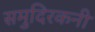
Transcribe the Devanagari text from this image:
समुदिरकनी